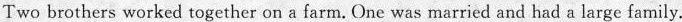
Two brothers worked together on a farm. One was married and had a large family.